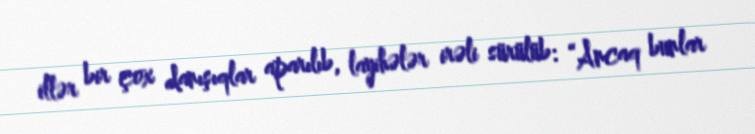
illər bir çox danışıqlar aparılıb, layihələr irəli sürülüb: “Ancaq bunlar